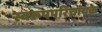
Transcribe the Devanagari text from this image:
स्वरूपपरिचायक